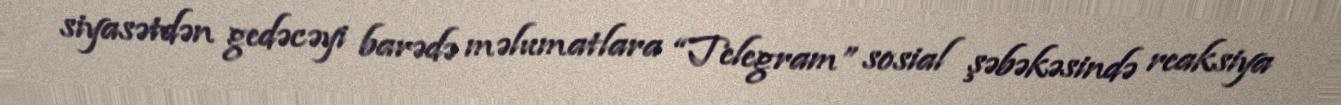
siyasətdən gedəcəyi barədə məlumatlara “Telegram” sosial şəbəkəsində reaksiya